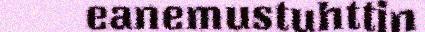
eanemustuhttin